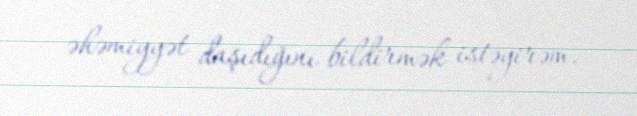
əhəmiyyət daşıdığını bildirmək istəyirəm.